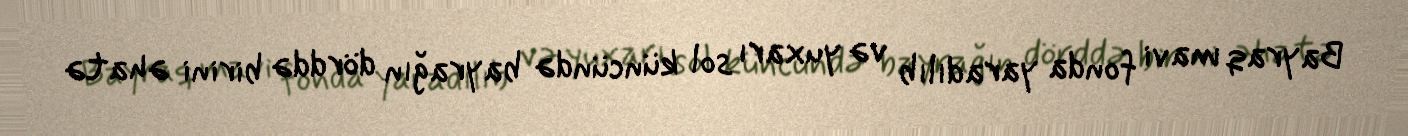
Bayraq mavi fonda yaradılıb və yuxarı sol küncündə bayrağın dörddə birini əhatə